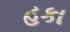
હકા